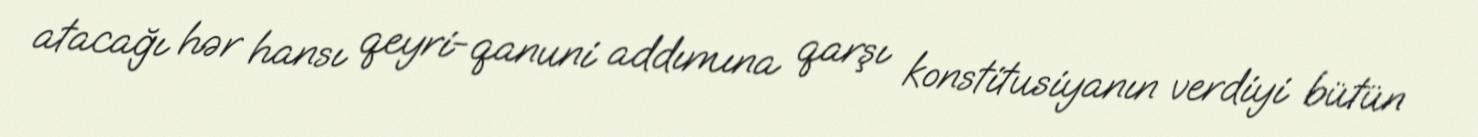
atacağı hər hansı qeyri-qanuni addımına qarşı konstitusiyanın verdiyi bütün